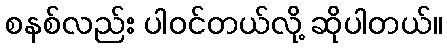
စနစ်လည်း ပါဝင်တယ်လို့ ဆိုပါတယ်။